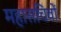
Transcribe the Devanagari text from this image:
महासचिवों